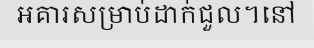
អគារសម្រាប់ដាក់ជួល។នៅ